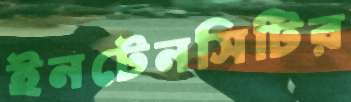
ইনটেনসিটির